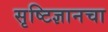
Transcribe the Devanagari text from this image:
सृष्टिज्ञानचा